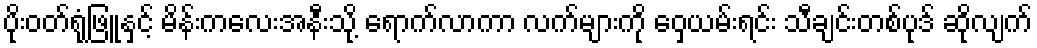
ပိုးဝတ်ရုံဖြူနှင့် မိန်းကလေးအနီးသို့ ရောက်လာကာ လက်များကို ဝှေ့ယမ်းရင်း သီချင်းတစ်ပုဒ် ဆိုလျက်